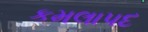
કમલાપદ